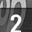
Digit: 2